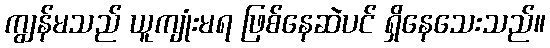
ကျွန်မသည် ယူကျုံးမရ ဖြစ်နေဆဲပင် ရှိနေသေးသည်။